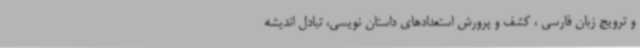
و ترویج زبان فارسی ، کشف و پرورش استعدادهای داستان نویسی، تبادل اندیشه